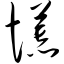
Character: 慌